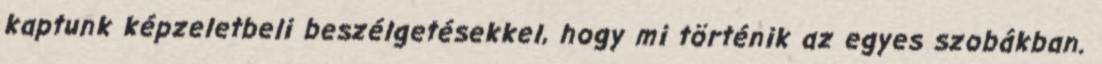
kaptunk képzeletbeli beszélgetésekkel, hogy mi történik az egyes szobákban.